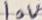
Text: 10V